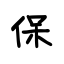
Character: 保